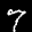
Label: 7